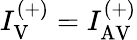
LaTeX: I_{\mathrm{V}}^{(+)}=I_{\mathrm{AV}}^{(+)}